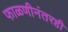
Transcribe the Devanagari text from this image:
फाळणीनंतरही